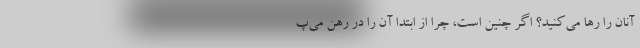
آنان را رها می‌کنید؟ اگر چنین است، چرا از ابتدا آن را در رهن می‌پ